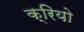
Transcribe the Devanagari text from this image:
क्रियो